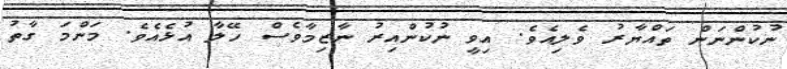
ނުކުންނަން ތައްޔާރު ވެލިއެވެ. އިވީ ނުކުންއިރު ނާޒިމާވެސް ހޭލާ އުޅެއެވެ. މަންމަ ގާތު